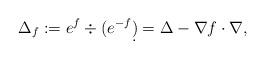
LaTeX: \begin{align*} \Delta_f :=e^f\div(e^{-f}\d)=\Delta -\nabla f \cdot \nabla,\end{align*}